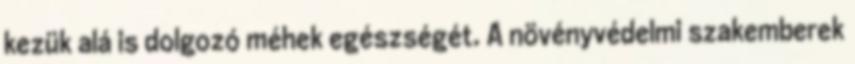
kezük alá is dolgozó méhek egészségét. A növényvédelmi szakemberek